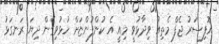
އޮފިސަރު ޖެފް މެތިއު ވިދާޅުވީ މިއީ އެ ކުންފުންޏަށް ހުޅުވިގެން ދިޔަ ރަނގަޅު